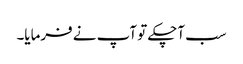
سب آچکے تو آپ نے فرمایا۔